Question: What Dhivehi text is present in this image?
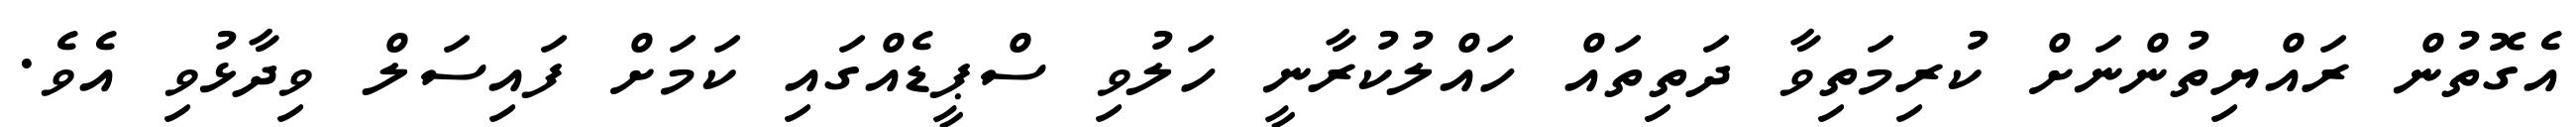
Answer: އެގޮތުން ރައްޔިތުންނަށް ކުރިމަތިވާ ދަތިތައް ހައްލުކުރާނީ ހަލުވި ސްޕީޑެއްގައި ކަމަށް ފައިސަލް ވިދާޅުވި އެވެ.